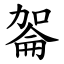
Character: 嗧